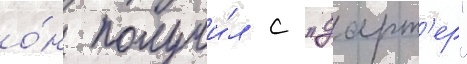
о́н получи́л с "дарт'ер"